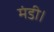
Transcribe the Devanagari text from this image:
मंडी।